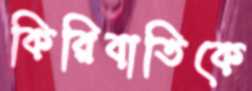
কিরিবাতিকে